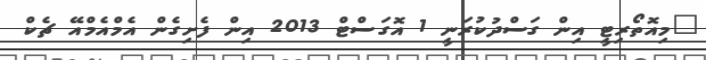
"މިއޮތޯރިޓީ އިން ގަސްދުކުރަނީ 1 އޮގަސްޓް 2013 އިން ފެށިގެން އެމްއެމްއޭ ޗެކް